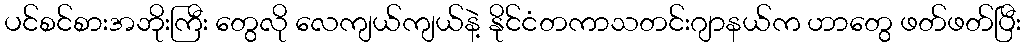
ပင်စင်စားအဘိုးကြီး တွေလို လေကျယ်ကျယ်နဲ့ နိုင်ငံတကာသတင်းဂျာနယ်က ဟာတွေ ဖတ်ဖတ်ပြီး